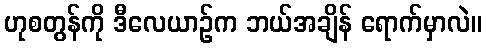
ဟုစတွန်ကို ဒီလေယာဉ်က ဘယ်အချိန် ရောက်မှာလဲ။